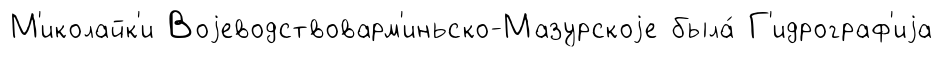
М'иколайк'и Воjеводствоварм'иньско-Мазурскоjе была́ Г'идрограф'иjа